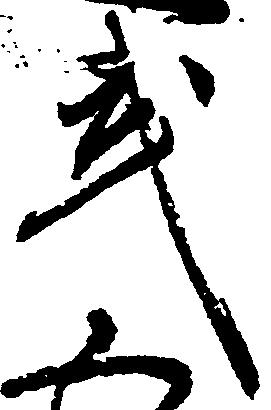
武